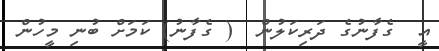
އީ  ގެފާނުގެ ދަރިކަލުން  ( ގެފާނު) ކަމަށް ބުނި މީހުން